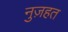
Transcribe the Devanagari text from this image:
नुज़हत